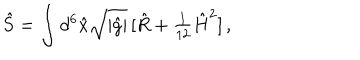
\hat { S } = \int d ^ { 6 } \hat { x } \sqrt { | \hat { g } | } \, [ \hat { R } + { \textstyle \frac { 1 } { 1 2 } } \hat { H } ^ { 2 } ] \, ,